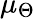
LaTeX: \mu_{\Theta}